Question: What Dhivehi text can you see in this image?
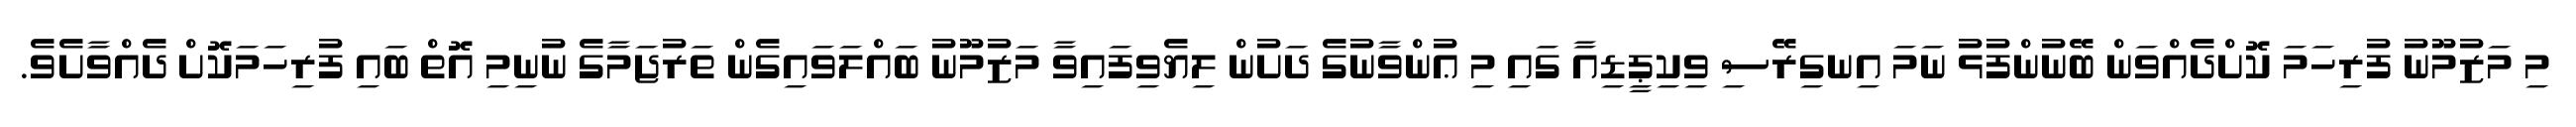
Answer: މި މަޒުމޫނު ފުރިހަމަ ކޮށްދެއްވަން ބޭނުންފުޅު ނަމަ އިނގިރޭސި ވިކިޕީޑިއާ ގައި މި ޢުންވާނުގެ ދަށުން ލިޔެވިފައިވާ މަޒުމޫނު ބައްލަވައިގެން ތަރުޖަމާގެ ނުނިމި އޮތް ބައި ފުރިހަމަކޮށް ދެއްވާށެވެ.